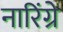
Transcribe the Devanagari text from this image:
नारिंग्रे